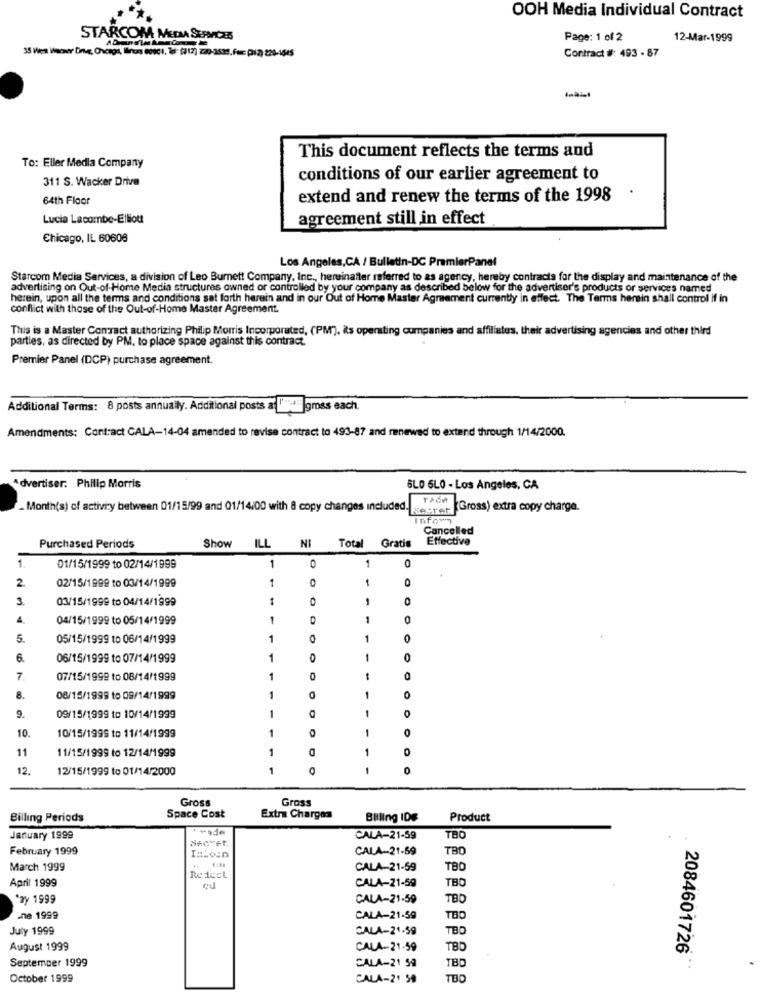
***
OOH Media Individual Contract
STARCOM MEDIA SERVICES
Page: 1 of 2
12-Mar-1999
Contract #: 493 - 87
35 Wen Warner Drug, Chicago, Ilinois 0090 1, tel: (312) 220-3539. Fax: (12) 220-1645
This document reflects the terms and
To: Eller Media Company
311 S. Wacker Drive
conditions of our earlier agreement to
64th Floor
extend and renew the terms of the 1998
Lucia Lacombe-Elliott
agreement still in effect
Chicago, IL 60608
Los Angeles, CA / Bulletin-DC PremierPanel
Starcom Media Services, a division of Leo Burnett Company, Inc ., hereinafter referred to as agency, hereby contracts for the display and maintenance of the
advertising on Out-of-Home Media structures owned or controlled by your company as described below for the advertiser's products or services named
herein, upon all the terms and conditions sat forth herein and in our Out of Home Master Agreement currently in effect. The Terms herein shall control if in
conflict with those of the Out-of-Home Master Agreement.
This is a Master Contact authorizing Philip Morris Incorporated, (PM). is operating companies and affiliatus, their advertising agencies and other third
parties, as directed by PM. to place space against this contract.
Premier Panel (DCP) purchase agreement.
Additional Terms: 8 posts annually. Additional posts a lidii gross each.
Amendments: Contract CALA-14-04 amended to revise contract to 493-87 and renewed to extend through 1/14/2000.
Advertiser. Philip Morris
SLO 6LO - Los Angeles, CA
- Month(s) of activity between 01/15/99 and 01/14:00 with & copy changes included ..
Beeret
Gross) extra copy charge.
Infom
Cancelled
ILL NI Total Gratis
Effective
Purchased Periods
Show
1
1
1.
01/15/1999 to 02/14/1999
O
2.
02/15/1999 to 03/14/1999
1
3.
03/15/1999 to 04/14/1999
-
1
0
4.
04/15/1999 to 05/14/1999
1
5.
05/15/1999 to 06/14/1999
1
0
6.
06/15/1999 to 07/14/1999
1
O
7.
07/15/1999 to 08/14/1999
-
8.
08/15/1999 to 09/14/1999
1
O
1
0
9.
09/15/1999 to 10/14/1999
-
10.
1
10/15/1999 to 11/14/1999
11
11/15/1999 to 12/14/1999
1
O
12.
12/15/1999 to 01/14/2000
1
Gross
Gross
Billing Periods
Space Cost
Extra Charges
Billing IDE
Product
· Made
January 1999
Secret
CALA-21-59
TBO
February 1999
CALA-21-59
TBO
March 1999
CALA-21-59
TBD
April 1999
CALA-21-59
TBD
"zy 1999
CALA-21-59
TBD
.ne 1999
CALA-21-59
TOO
July 1999
CALA-21-59
TBD
August 1999
CALA-21-59
TBD
2084601726
September 1999
CALA-21 59
TBD
October 1999
CALA-21 59
TBD